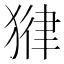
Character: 𪻃